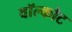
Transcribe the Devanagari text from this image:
वॉल्कोट